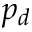
p _ { d }